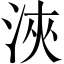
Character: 浹